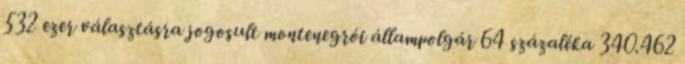
532 ezer választásra jogosult montenegrói állampolgár 64 százaléka 340.462